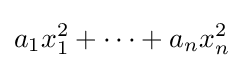
a_{1}x_{1}^{2}+\cdots +a_{n}x_{n}^{2}